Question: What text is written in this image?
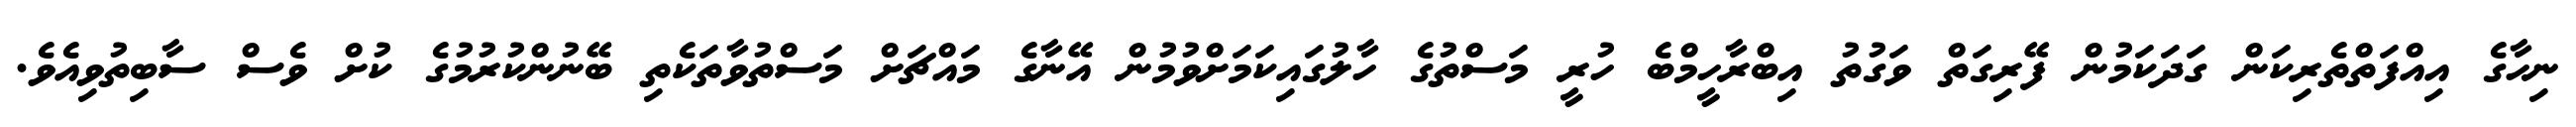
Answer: ނިހާގެ އިއްފަތްތެރިކަން ގަދަކަމުން ފޭރިގަތް ވަގުތު އިބްރާހީމްބެ ހުރީ މަސްތުގެ ހާލުގައިކަމަށްވުމުން އޭނާގެ މައްޗަށް މަސްތުވާތަކެތި ބޭނުންކުރުމުގެ ކުށް ވެސް ސާބިތުވިއެވެ.